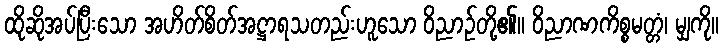
ထိုဆိုအပ်ပြီးသော အဟိတ်စိတ်အဋ္ဌာရသတည်းဟူသော ဝိညာဉ်တို့၏။ ဝိညာဏကိစ္စမတ္တံ၊ မျှကို။